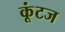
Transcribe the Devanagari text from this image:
कूंटज